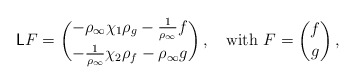
\begin{align*} \mathsf{L}F=\binom{-\rho_\infty\chi_1\rho_g-\frac{1}{\rho_\infty}f}{-\frac{1}{\rho_\infty}\chi_2\rho_f-\rho_\infty g}\,, \quad\mbox{with } F = \binom{f}{g}\,,\end{align*}